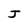
Character: J